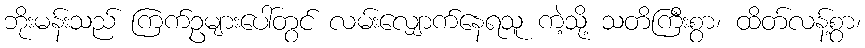
ဘိုးမန်းသည် ကြက်ဥများပေါ်တွင် လမ်းလျှောက်နေရသူ ကဲ့သို့ သတိကြီးစွာ၊ ထိတ်လန့်စွာ၊